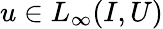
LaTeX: u\in L_{\infty}(I,U)